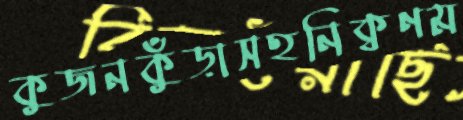
কুজনকুঁড়াসহনিক্বণম